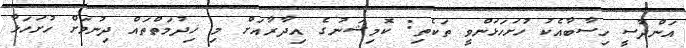
އަންދާސީ ހިސާބާއެކު ހުށަހަޅަންވީ ތަކެތި: ކޮމިޝަނުގެ އިދާރާއަށް މި ޚިދުމަތްތައް ދިނުމަށް ހުށަހަޅާ